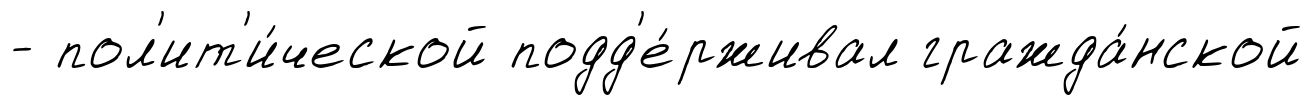
- пол'ит'и́ческой подд'е́рживал гражда́нской